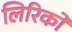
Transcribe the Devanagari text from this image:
लिरिकों